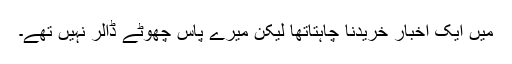
میں ایک اخبار خریدنا چاہتاتھا لیکن میرے پاس چھوٹے ڈالر نہیں تھے۔